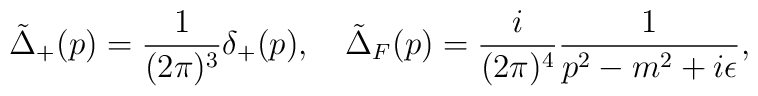
\tilde{\Delta}_+ (p) = \frac{1}{(2\pi)^3} \delta_+ (p) , \quad\tilde{\Delta}_F (p) = \frac{i}{(2\pi)^4} \frac{1}{p^2 - m^2+i\epsilon} ,